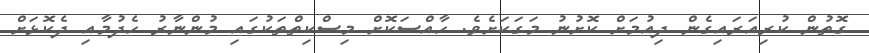
ގޮތުން ކުރިއަރައިގެން ދިއުމަށް ކޮށުނު މަގަކަށެވެ. ހާއްސަކޮށް މިސްކިތްތަކުގައި މުންނާރު ހެދުމާއި ދެކޮޅަށް